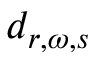
d _ { r , \omega , s }